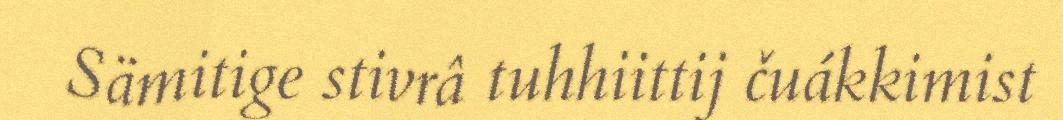
Sämitige stivrâ tuhhiittij čuákkimist